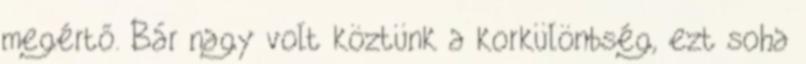
megértő. Bár nagy volt köztünk a korkülönbség, ezt soha